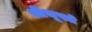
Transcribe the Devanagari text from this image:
श्रीभूपते